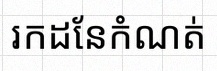
រកដែនកំណត់